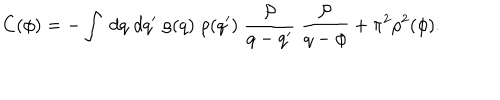
LaTeX: C ( \phi ) = - \int \; d q \; d q ^ { \prime } \; \rho ( q ) \; \rho ( q ^ { \prime } ) \; \frac { { \cal P } } { q - q ^ { \prime } } \; \frac { { \cal P } } { q - \phi } + \pi ^ { 2 } \rho ^ { 2 } ( \phi ) .